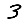
Digit: 3